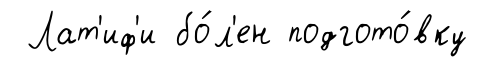
Лат'иф'и бо́л'ен подгото́вку